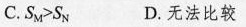
C. S_{M}>S_{N} D. 无法比较